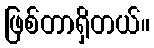
ဖြစ်တာရှိတယ်။